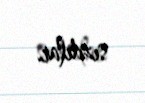
sızdılar.